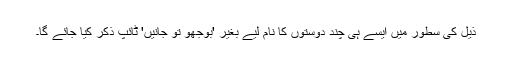
ذیل کی سطور میں ایسے ہی چند دوستوں کا نام لیے بغیر 'بوجھو تو جانیں' ٹائپ ذکر کیا جائے گا۔